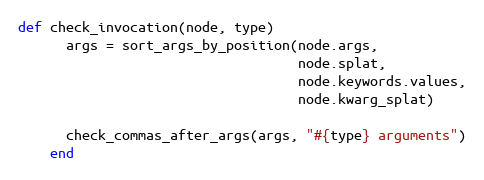
Language: Ruby
def check_invocation(node, type)
      args = sort_args_by_position(node.args,
                                   node.splat,
                                   node.keywords.values,
                                   node.kwarg_splat)

      check_commas_after_args(args, "#{type} arguments")
    end